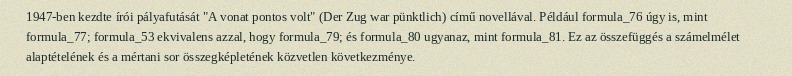
1947-ben kezdte írói pályafutását "A vonat pontos volt" (Der Zug war pünktlich) című novellával. Például formula_76 úgy is, mint formula_77; formula_53 ekvivalens azzal, hogy formula_79; és formula_80 ugyanaz, mint formula_81. Ez az összefüggés a számelmélet alaptételének és a mértani sor összegképletének közvetlen következménye.